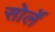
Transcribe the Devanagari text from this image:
सोर्ले